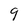
Character: 9